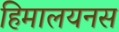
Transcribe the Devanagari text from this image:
हिमालयनस